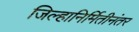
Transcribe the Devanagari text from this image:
जिल्हानिर्मितीनंतर